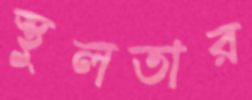
স্থুলতার